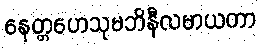
နေတ္တဟေသုမဘိနီလမာယတာ